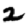
Digit: 2